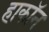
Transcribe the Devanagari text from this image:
हाकॉन